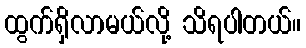
ထွက်ရှိလာမယ်လို့ သိရပါတယ်။